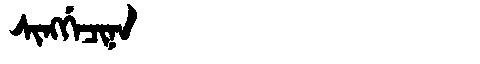
Manchu: ᠰᡳᠩᡤᡝᠴᡳᠨᠠ
Romanization: SINGGECINA